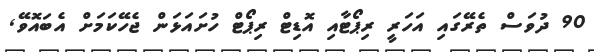
90 ދުވަސް ތެރޭގައި އަހަރީ ރިޕޯޓާއި އޮޑިޓް ރިޕޯޓް ހުށައަޅަން ޖެހޭކަމަށް އެބައޮވޭ